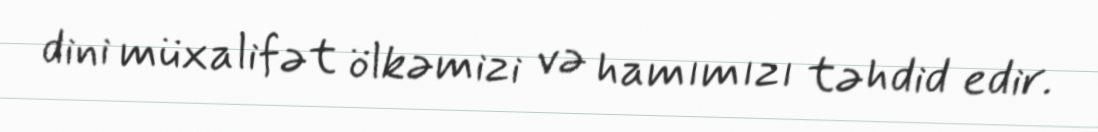
dini müxalifət ölkəmizi və hamımızı təhdid edir.